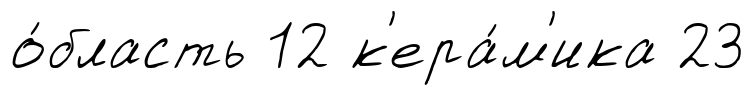
о́бласть 12 к'ера́м'ика 23